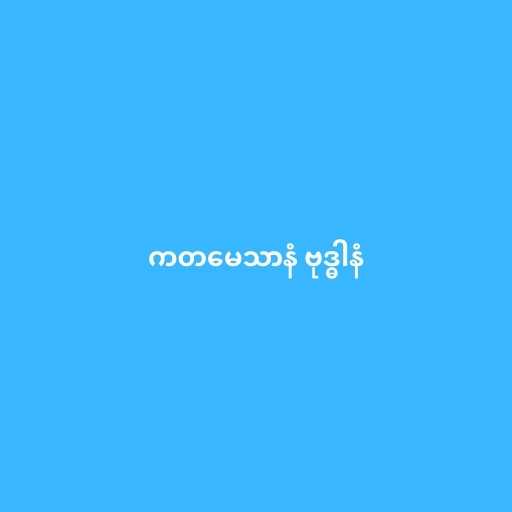
ကတမေသာနံ ဗုဒ္ဓါနံ